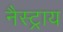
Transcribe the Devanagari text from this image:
नैस्ट्राय